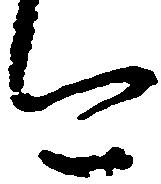
今